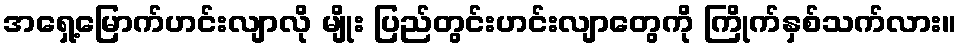
အရှေ့မြောက်ဟင်းလျာလို မျိုး ပြည်တွင်းဟင်းလျာတွေကို ကြိုက်နှစ်သက်လား။